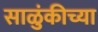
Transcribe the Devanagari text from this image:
साळुंकीच्या